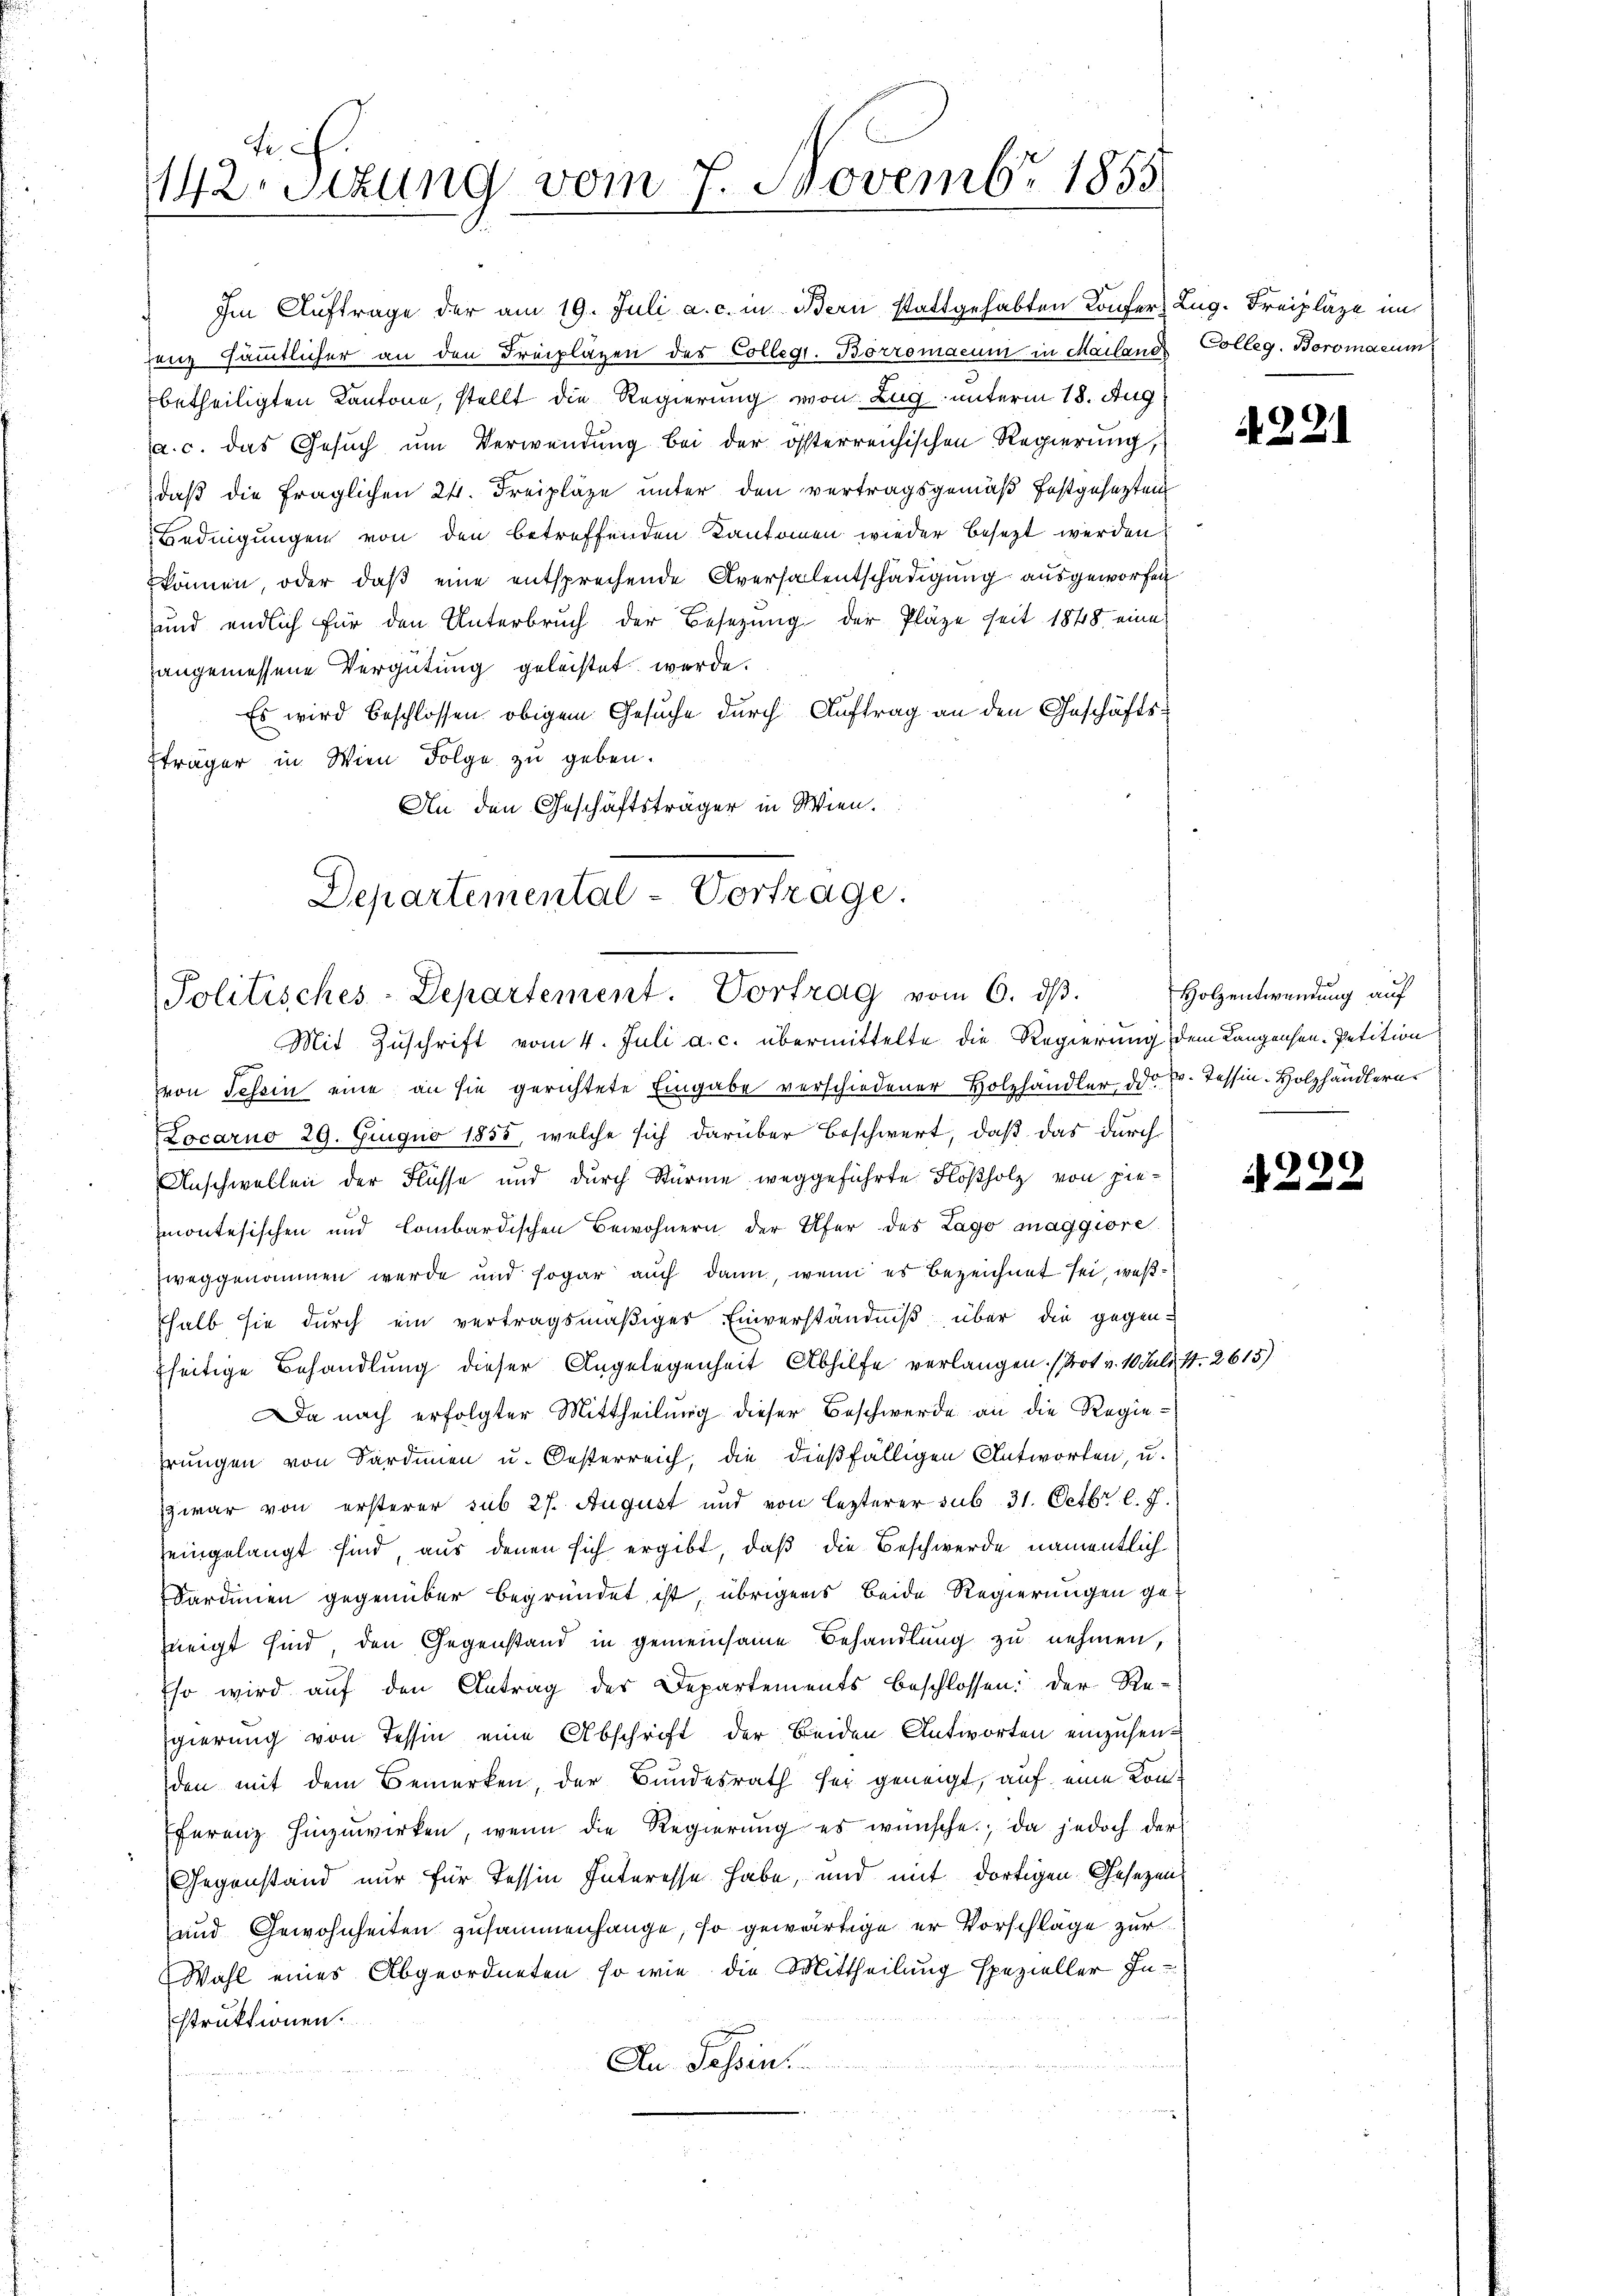
Im Auftrage der am 19. Juli a. c. in Bern stattgehabten Konfer Lug. Freipläge im
zenz sämmtlicher an den Freipläzen des Collegi. Borzomacum in Mailand Colleg. Boromacum
betheiligten Kantone, stellt die Regierung von Zug unterm 18. Aug
a. c. das Gesuch um Verwendung bei der österreichischen Regierung,
daß die fraglichen 24. Freipläze unter den vertragsgemäß festgesezten
Bednigungen von den betreffenden Kantonen wieder besezt werden.
können, oder daß eine entsprechende Aversalentschädigung ausgeworfen
und endlich für den Unterbruch der Besetzung der Pläze seit 1848 eine
angemessene Vergütung geleistet werde.
Es wird beschlossen obigem Gesuche durch Auftrag an den Geschäftsfträger in Wien Folge zu geben.
An den Geschäftsträger in Wien.

tich.
142. Sekung vom 7. Novembr 1855

Departemental-Vortrage.
Politisches-Departement. Vortrag vom 6. dβ.

Mit Zuschrift vom 4. Juli a. c. übermittelte die Regierung dem Langensen-Petition
von Tessin eine an sie gerichtete Eingabe verschiedener Holzhändler der pr. Tessin. Holzhändlern.
Locarno 29. Juiquo 1855, welche sich darüber beschwert, daß das durch
Anschwellen der Flüsse und durch Stürme weggeführte Flößholz von hiemontesischen und lombardischen Bewohnern der Ufer des Lago maggiore
weggenommen werde und sogar auch dann, wenn es bezeichnet sei, weß¬
Thalb sie durch ein vertragsmäßiger Einverständniß über die gegen
fseitige Behandlung dieser Angelegenheit Abhilfe verlangen. (Prot v. 10 Juli 11. 2615)
Da nach erfolgter Mittheilung dieser Beschwerde an die Regie-
hrungen von Sardinen u. Oesterreich, die dießfälligen Antworten, u.
zwar von ersterer sub 27. August und von lezterer sub. 31. Octbr. l. J.
seingelangt sind aus denen sich ergibt, daß die Beschwerde namentlich
Sardinen gegenüber begründet ist, übrigens beide Regierungen gezneigt sind, den Gegenstand in gemeinsame Behandlung zu nehmen,
Eso wird auf den Antrag des Departements beschlossen: Der Re-
gierung von Tessin eine Abschrift der beiden Antworten einzusenden mit dem Bemerken, der Bundesrath sei geneigt, auf eine Konferenz hinzuwirken, wenn die Regierung es wünsche; da jedoch der
Gegenstand nur für Tessin Interesse habe, und mit dortigen Gesezen
und Gewohnheiten zusammenhange, so gewärtige er Vorschläge zur
Wahl eines Abgeordneten, so wie die Mittheilung spezieller Instruktionen.
An Tessin.

Holzentwendung auf

A221

4222